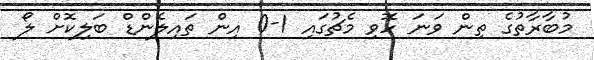
މުބާރާތުގެ ތިން ވަނަ ހޮވި މެޗުގައި 1-0 އިން ތައިލެންޑް ބަލިކޮށް ލޯ